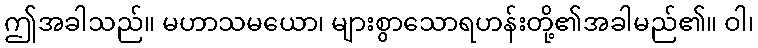
ဤအခါသည်။ မဟာသမယော၊ များစွာသောရဟန်းတို့၏အခါမည်၏။ ဝါ၊